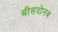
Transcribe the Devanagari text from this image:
बीसदोनव